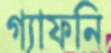
গ্যাফনি